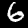
Digit: 6